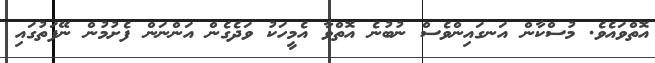
އޮތްވައެވެ. މުސްކާން އަނގައިންވެސް ނުބުނެ އޮތްވާ އެމީހަކު ވަދެގެން އަންނަން ފެށުމުން ނޭފަތުގައި